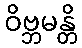
ဝိဗ္ဘမန္တိ